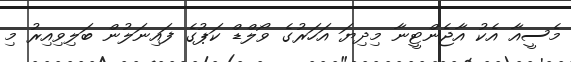
މެސީއާ އެކު އާޖެންޓީނާ މިދިޔަ އަހަރުގެ ވޯލްޑް ކަޕުގެ ފައިނަލުން ބަލިވިއިރު މި